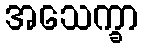
အသေက္ခာ